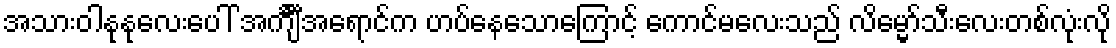
အသားဝါနုနုလေးပေါ် အင်္ကျီင်္ီင်္ီအရောင်က ဟပ်နေသောကြောင့် ကောင်မလေးသည် လိမ္မော်သီးလေးတစ်လုံးလို